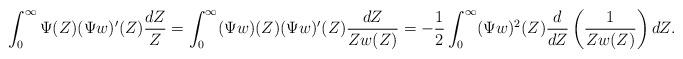
LaTeX: \begin{align*}\int_0^\infty \Psi(Z) (\Psi w)'(Z) \frac{dZ}{Z}= \int_0^\infty (\Psi w)(Z) (\Psi w)'(Z) \frac{dZ}{Zw(Z)}=-\frac{1}{2}\int_0^\infty (\Psi w)^2(Z) \frac{d}{dZ}\left(\frac{1}{Z w(Z)}\right) dZ.\end{align*}